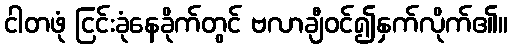
ငါတဖုံ ငြင်းခုံနေခိုက်တွင် ဗလာချီဝင်၍နှက်လိုက်၏။